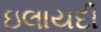
ઇલાયદી